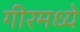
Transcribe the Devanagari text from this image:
गीरमध्ये